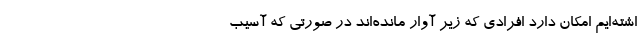
اشته‌ایم امکان دارد افرادی که زیر آوار مانده‌اند در صورتی که آسیب